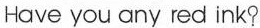
Have you any red ink？